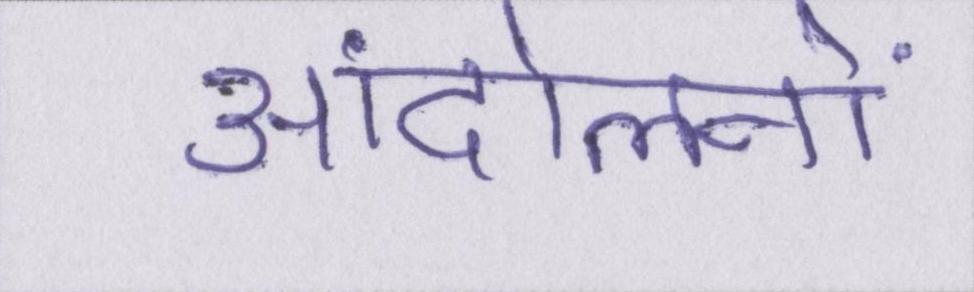
आंदोलनों